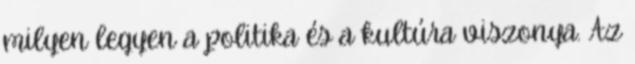
milyen legyen a politika és a kultúra viszonya. Az